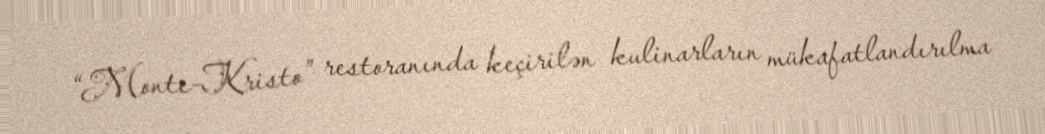
“Monte-Kristo” restoranında keçirilən kulinarların mükafatlandırılma